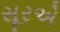
સૂરએ